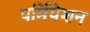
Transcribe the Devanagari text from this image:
पर्मियेशन